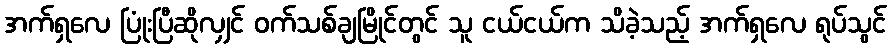
အက်ရှလေ ပြုံးပြီဆိုလျှင် ဝက်သစ်ချမြိုင်တွင် သူ ငယ်ငယ်က သိခဲ့သည့် အက်ရှလေ ရုပ်သွင်